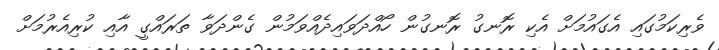
ވެރިކަމުގައި އެގައުމަށް އެކި ރޮނގު ރޮނގުން ހޯއްދަވައިދެއްވަމުން ގެންދަވާ ތަރައްގީ އާއި ކުރިއެރުމަށް